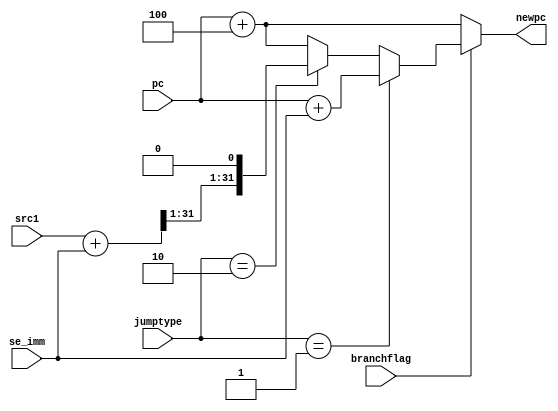
module pccalc (
    input [31:0] pc,    // Input 32 bit instruction address
    input [31:0] se_imm,
    input [31:0] src1,
    input [1:0] jumptype,   // Type of jump/branch instruction
    input branchflag, // ALU result on whether to branch or not
    output [31:0] newpc 
);

    reg [31:0] jalrresult;
    reg [31:0] newpc;
    
    always @*
        begin
            if (branchflag == 0)
            newpc = pc + 4;
            else
            begin
                if (jumptype == 2'b01) // Asserted Branch or JAL type 
                    newpc = pc + se_imm;  // pc added with the offset
            
                else if (jumptype == 2'b10) // JALR type
                    begin
                        jalrresult = src1 + se_imm;
                        newpc = {{jalrresult[31:1]},{1{1'b0}}};
                    end                               
                else  //No branch
                    newpc = pc + 4;  // pc incremented by 4 to indicate next instruction 
            
            end   
        end
                
    
    
endmodule